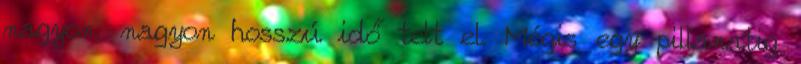
nagyon, nagyon hosszú idő telt el. Mégis egy pillanatig